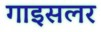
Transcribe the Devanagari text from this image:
गाइसलर